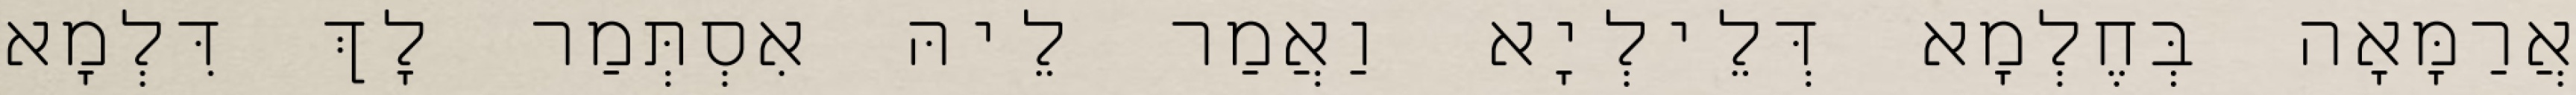
אֲרַמָּאָה בְּחֶלְמָא דְּלֵילְיָא וַאֲמַר לֵיהּ אִסְתְּמַר לָךְ דִּלְמָא